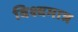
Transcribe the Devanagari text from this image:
विश्वमात्र